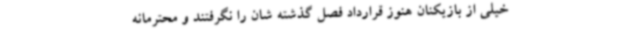
خیلی از بازیکنان هنوز قرارداد فصل گذشته شان را نگرفتند و محترمانه